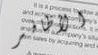
الأظافر